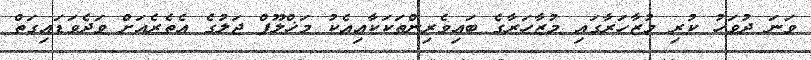
ވަނަ ދުވަހު ކުރި މުޒާހަރާގައި މުޒާހަރާގެ ބައިވެރިންތަކަކާއިއެކު މަޚްލޫފް ޖަލުގެ އެތެރެއަށް ވަދެވަޑައިގަތް